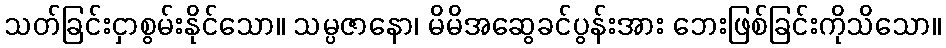
သတ်ခြင်းငှာစွမ်းနိုင်သော။ သမ္ပဇာနော၊ မိမိအဆွေခင်ပွန်းအား ဘေးဖြစ်ခြင်းကိုသိသော။